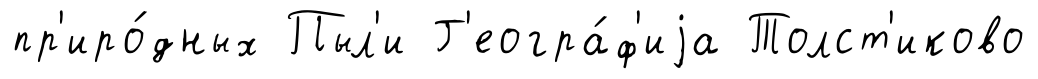
пр'иро́дных Пыл'и Г'еогра́ф'иjа Толст'иково